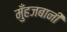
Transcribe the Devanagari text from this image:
मुँहजबानी